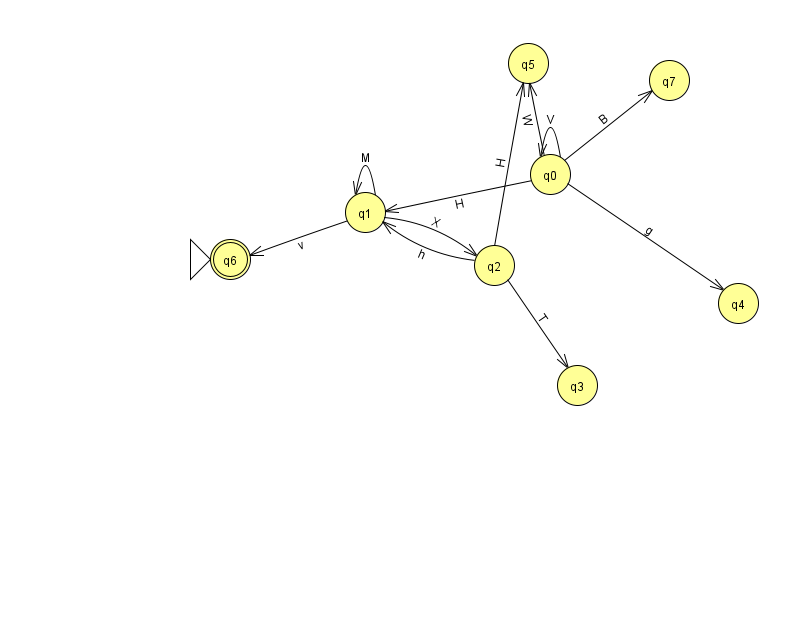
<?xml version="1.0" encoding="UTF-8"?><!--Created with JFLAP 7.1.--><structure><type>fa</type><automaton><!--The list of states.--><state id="0" name="q0"><x>550.0</x><y>161.0</y></state><state id="1" name="q1"><x>365.0</x><y>199.0</y></state><state id="2" name="q2"><x>494.0</x><y>252.0</y></state><state id="3" name="q3"><x>577.0</x><y>372.0</y></state><state id="4" name="q4"><x>738.0</x><y>290.0</y></state><state id="5" name="q5"><x>528.0</x><y>50.0</y></state><state id="6" name="q6"><x>230.0</x><y>246.0</y><initial/><final/></state><state id="7" name="q7"><x>669.0</x><y>67.0</y></state><!--The list of transitions.--><transition><from>2</from><to>3</to><read>T</read></transition><transition><from>0</from><to>0</to><read>V</read></transition><transition><from>2</from><to>5</to><read>H</read></transition><transition><from>1</from><to>2</to><read>X</read></transition><transition><from>2</from><to>1</to><read>h</read></transition><transition><from>0</from><to>1</to><read>H</read></transition><transition><from>0</from><to>4</to><read>g</read></transition><transition><from>0</from><to>5</to><read>W</read></transition><transition><from>1</from><to>6</to><read>v</read></transition><transition><from>1</from><to>1</to><read>M</read></transition><transition><from>0</from><to>7</to><read>B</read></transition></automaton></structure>